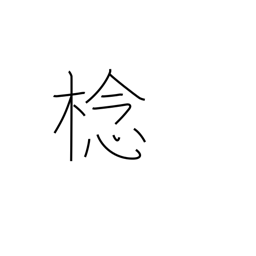
Meaning: type of fruit tree